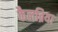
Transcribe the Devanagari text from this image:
कैलब्रिया